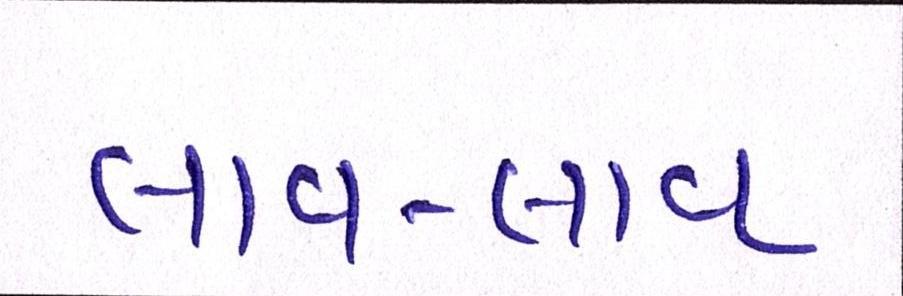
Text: લાવ-લાવ